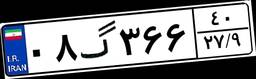
۰۸گ۳۶۶۴۰